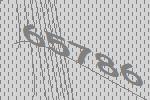
65786